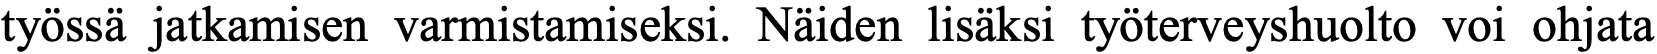
työssä jatkamisen varmistamiseksi. Näiden lisäksi työterveyshuolto voi ohjata